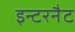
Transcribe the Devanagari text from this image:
इन्टरनैट